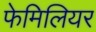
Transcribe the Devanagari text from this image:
फेमिलियर